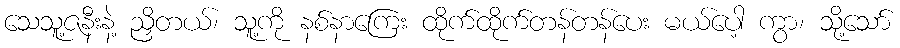
သေသူ့ဇနီးနဲ့ ညှိတယ်၊ သူ့ကို နစ်နာကြေး ထိုက်ထိုက်တန်တန်ပေး မယ်ပေါ့ ကွာ၊ သို့သော်